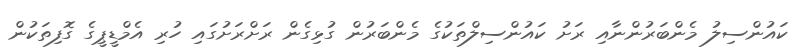
ކައުންސިލު މެންބަރުންނާއި ރަށު ކައުންސިލްތަކުގެ މެންބަރުން ގުޅިގެން ރަށްރަށުގައި ހުރި އެމްޑީޕީގެ ގޮފިތަކުން